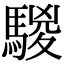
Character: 騣